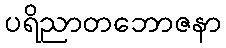
ပရိညာတဘောဇနာ